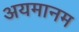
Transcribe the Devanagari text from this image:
अयमानम